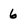
Character: 6